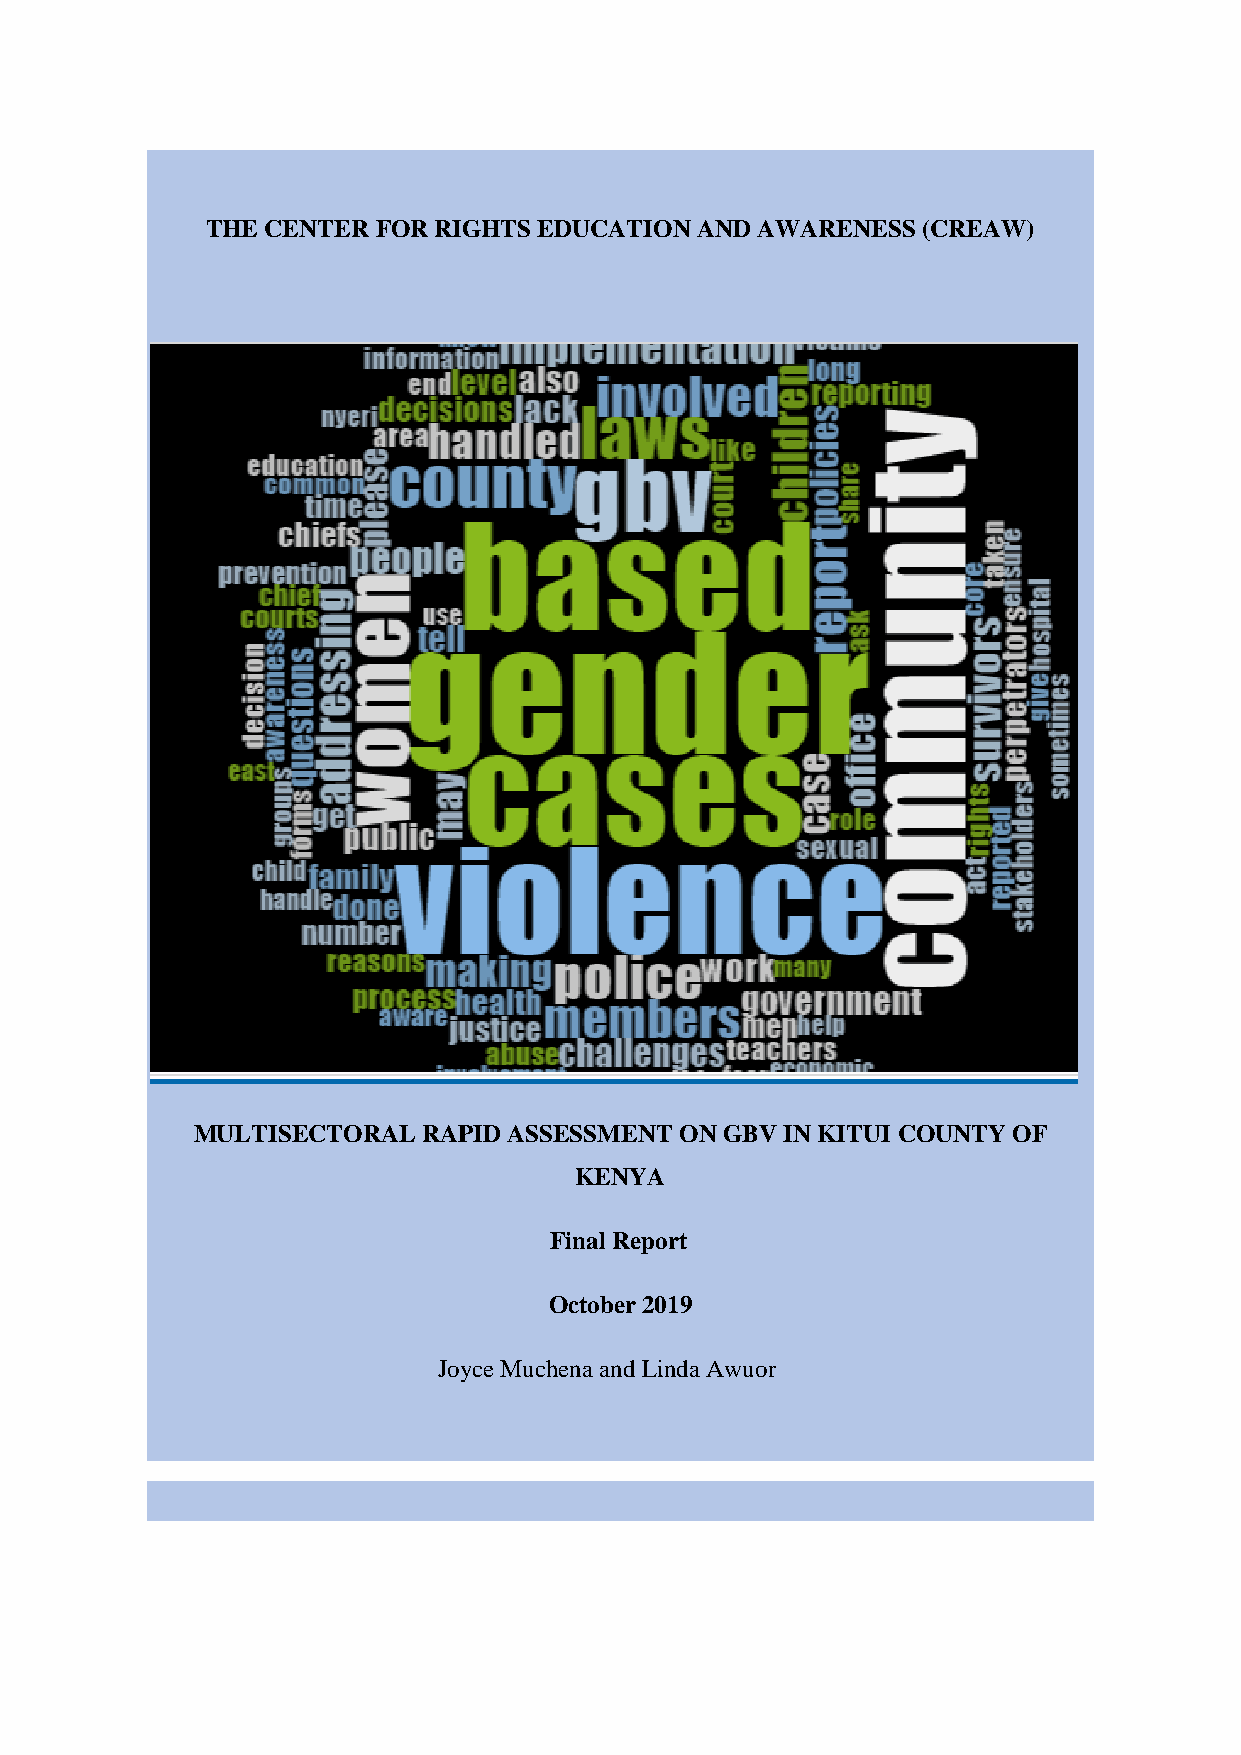
THE CENTER FOR RIGHTS EDUCATION AND AWARENESS  (CREAW)
 MULTISECTORAL  RAPID ASSESSMENT ON GBV IN KITUI COUNTY OF
 KENYA
 Final Report
 October 2019
 Joyce Muchena and Linda Awuor